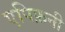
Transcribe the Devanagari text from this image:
एपिफ़नी